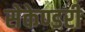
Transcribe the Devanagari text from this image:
सेकेण्‍डरी